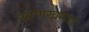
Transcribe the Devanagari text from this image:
खणखणाट